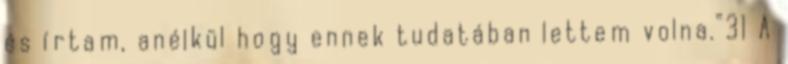
és írtam, anélkül hogy ennek tudatában lettem volna.”31 A